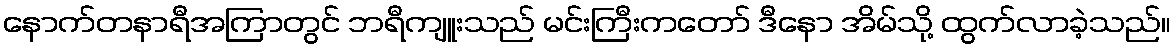
နောက်တနာရီအကြာတွင် ဘရီကျူးသည် မင်းကြီးကတော် ဒီနော အိမ်သို့ ထွက်လာခဲ့သည်။